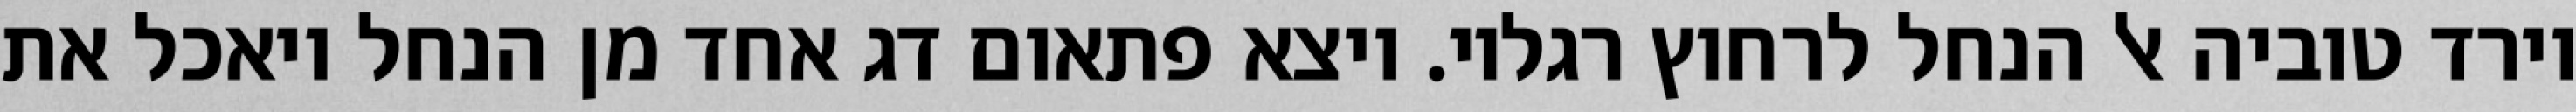
וירד טוביה אל הנחל לרחוץ רגליו. ויצא פתאום דג אחד מן הנחל ויאכל את